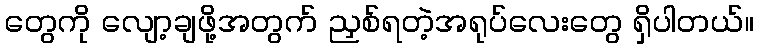
တွေကို လျော့ချဖို့အတွက် ညှစ်ရတဲ့အရုပ်လေးတွေ ရှိပါတယ်။